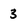
Character: 3